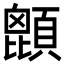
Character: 𩔙